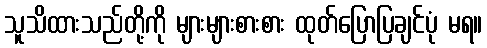
သူသိထားသည်တို့ကို များများစားစား ထုတ်ပြောပြချင်ပုံ မရ။